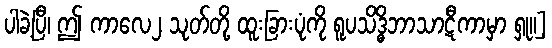
ပါခဲ့ပြီ၊ ဤ ကာလေ၂ သုတ်တို့ ထူးခြားပုံကို ရူပသိဒ္ဓိဘာသာဋီကာမှာ ရှု။]